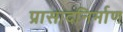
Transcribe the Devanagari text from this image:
प्रासादनिर्माण